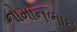
નોમાનભાઇ